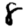
Digit: 8